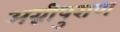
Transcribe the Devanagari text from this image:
अग्नीपुराण